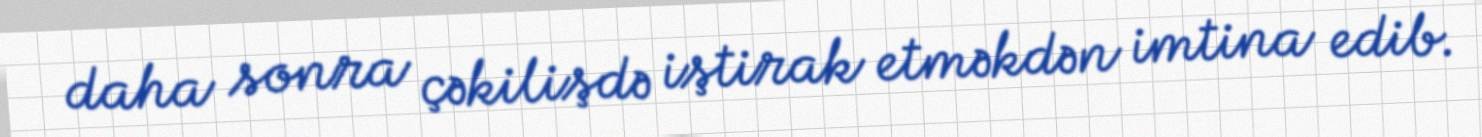
daha sonra çəkilişdə iştirak etməkdən imtina edib.